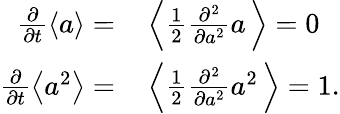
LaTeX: \begin{array}{rl}{\frac{\partial}{\partial t}\left\langle a\right\rangle=}&{{}\left\langle\frac{1}{2}\frac{\partial^{2}}{\partial a^{2}}a\, \right\rangle=0}\\ {\frac{\partial}{\partial t}\left\langle a^{2}\right\rangle=}&{{}\left\langle\frac{1}{2}\frac{\partial^{2}}{\partial a^{2}}a^{2}\, \right\rangle=1.}\end{array}